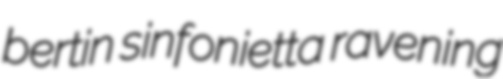
bertin sinfonietta ravening